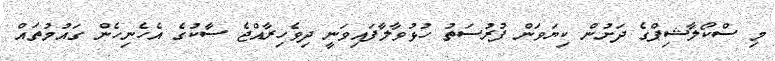
މި ސްކޯލާޝިޕްގެ ދަށުން ކިޔަވަން ފުރުސަތު ހުޅުވާލާފައިވަނީ ދިވެހިރާއްޖެ ސާކުގެ އެހެނިހެން ގައުމުތައް